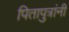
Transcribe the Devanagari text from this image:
पितापुत्रांनी